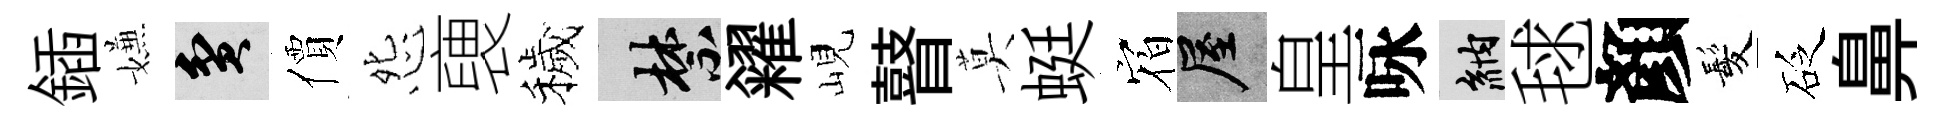
鍤嫌貧價怨褏穢禁糴峴瞽莫蜓𪧐屋皇咏納毬顏髪砭鼻